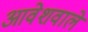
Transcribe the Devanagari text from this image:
आवेशवाले